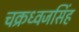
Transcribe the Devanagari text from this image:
चक्रध्वजसिंह